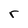
Character: r